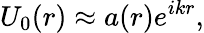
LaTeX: U_{0}(r)\approx a(r)e^{ikr},